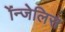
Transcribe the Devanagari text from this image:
ॲन्जेलिस